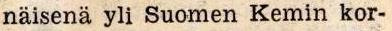
näisenä yli Suomen Kemin kor-